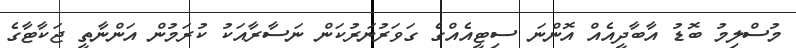
މުސްލިމު ބޮޑު އާބާދީއެއް އޮންނަ ސިޓީއެއްގެ ގަވަރުނަރުކަން ނަސާރާއަކު ކުރަމުން އަންނާތީ ޖަކާޓާގެ